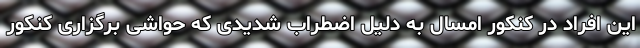
این افراد در کنکور امسال به دلیل اضطراب شدیدی که حواشی برگزاری کنکور